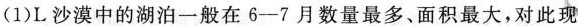
(1)L沙漠中的朔泊一般在6-7月数量最多、面积最大，对此现